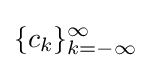
\{c_{k}\}_{k=-\infty }^{\infty }